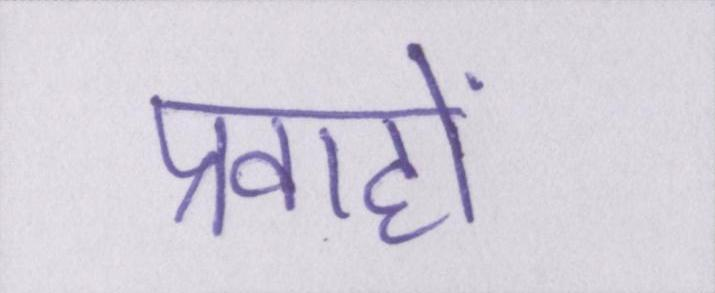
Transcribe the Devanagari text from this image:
प्रवाहों